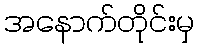
အနောက်တိုင်းမှ